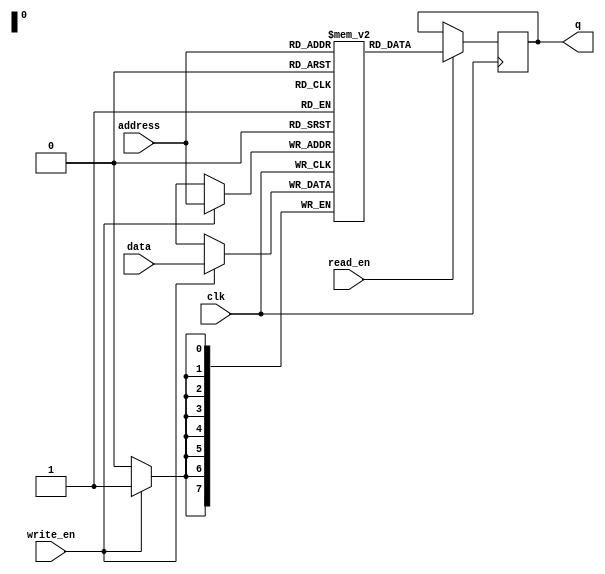
module RAM (
    input wire clk,
    input wire [7:0] address,
    input wire [7:0] data,
    input wire read_en,
    input wire write_en,
    output reg [7:0] q
);

reg [7:0] memory [0:255];

always @(posedge clk) begin
    if (write_en) begin
        memory[address] <= data;
    end
    if (read_en) begin
        q <= memory[address];
    end
end

endmodule